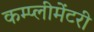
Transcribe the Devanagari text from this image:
कम्प्लीमेंटरी